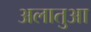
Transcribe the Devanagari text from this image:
अलातुआ